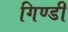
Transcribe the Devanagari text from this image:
गिण्डी